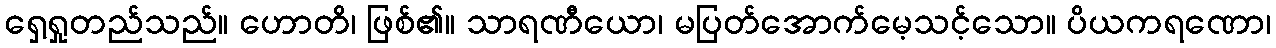
ရှေ့ရှုတည်သည်။ ဟောတိ၊ ဖြစ်၏။ သာရဏီယော၊ မပြတ်အောက်မေ့သင့်သော။ ပိယကရဏော၊